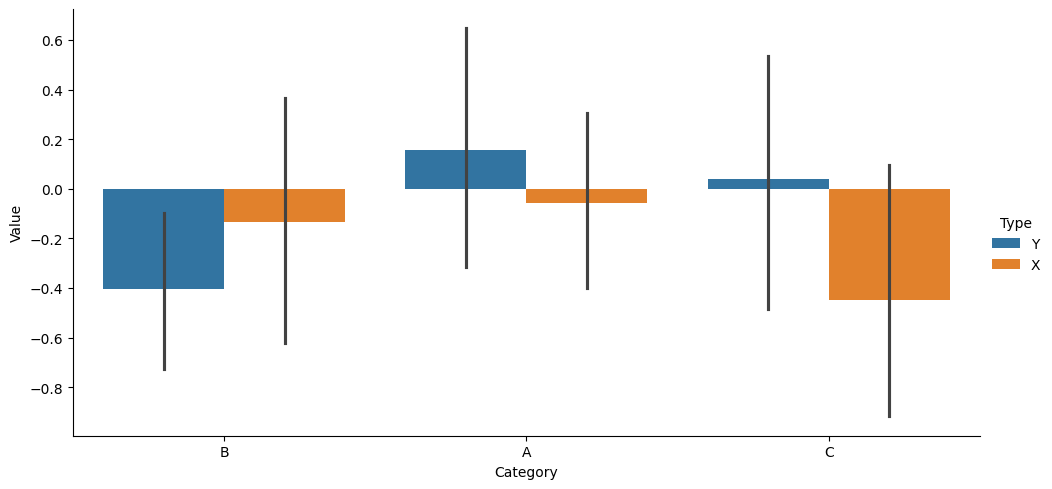
python, seaborn, catplot, kind='bar', height=5, aspect=2